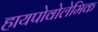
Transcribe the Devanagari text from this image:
हायपोवोलेमिक